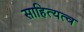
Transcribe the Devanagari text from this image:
साहित्यत्व